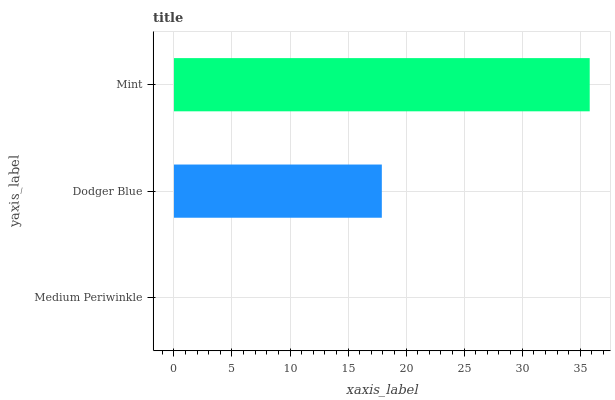
| yaxis_label | bars |
 | --- | --- |
 | Medium Periwinkle | 0 |
 | Dodger Blue | 17.9 |
 | Mint | 35.8 |